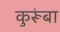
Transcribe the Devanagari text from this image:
कुरूंबा